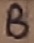
Text: B